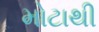
મોટાથી